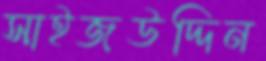
সাইজউদ্দিন